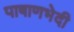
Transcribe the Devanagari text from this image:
पाषाणभेदी